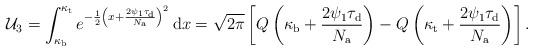
LaTeX: \begin{align*}\mathcal{U}_3=\int_{\kappa_{\rm b}}^{\kappa_{\rm t}}e^{-\frac{1}{2}\left(x+\frac{2\psi_{1}\tau_{\rm d}}{N_{\rm a}}\right)^2}\,\mathrm{d} x=\sqrt{{2\pi}}\left[Q\left(\kappa_{\rm b}+\frac{2\psi_{1}\tau_{\rm d}}{N_{\rm a}}\right)-Q\left(\kappa_{\rm t}+\frac{2\psi_{1}\tau_{\rm d}}{N_{\rm a}}\right)\right].\end{align*}